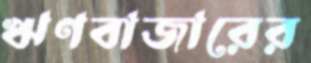
ঋণবাজারের